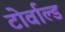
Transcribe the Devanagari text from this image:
टोर्वाल्ड